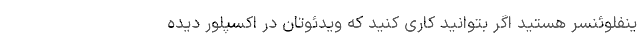
ینفلوئنسر هستید اگر بتوانید کاری کنید که ویدئوتان در اکسپلور دیده